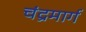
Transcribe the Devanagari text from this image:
चंद्रमार्ग